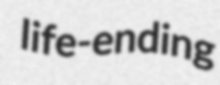
life-ending